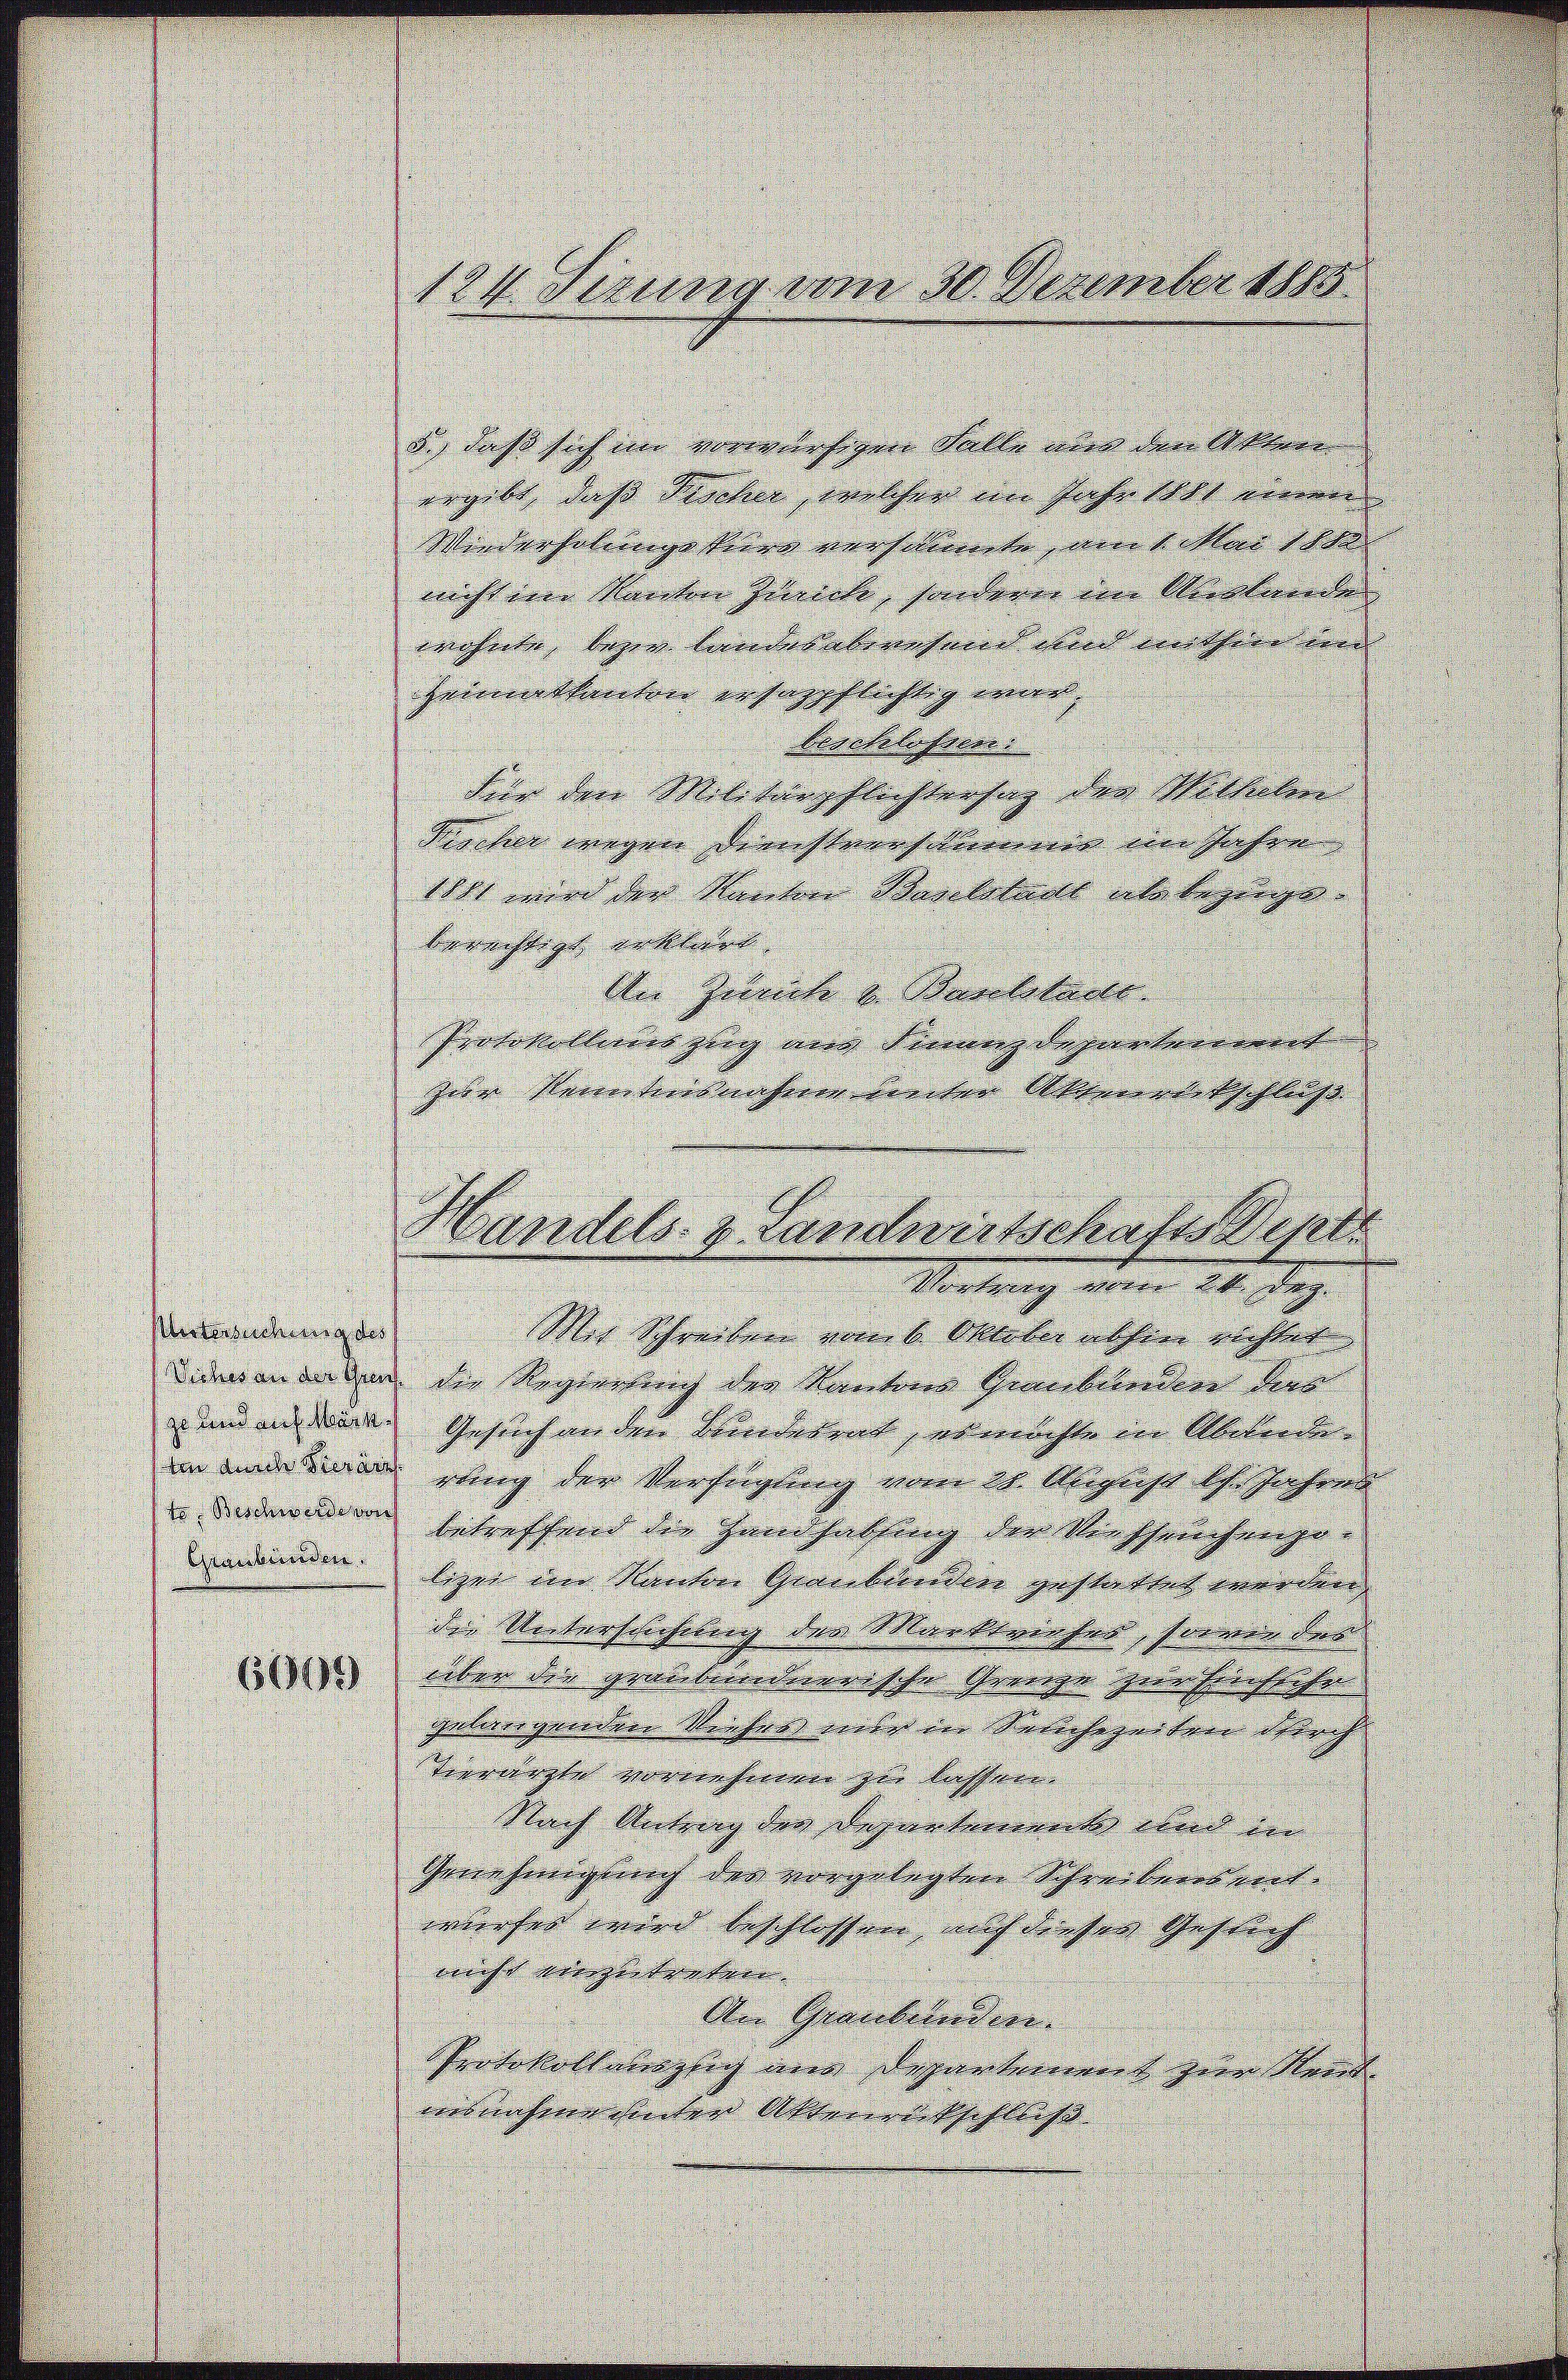
5., daß sich im vorwürfigen Falle aus den Akten
ergibt, daß Fischer, welcher im Jahr sicht einen
Wiederholungskurs versilienete, am 1. Mai 1880
nicht in Mantere Gewerke, sondern eine Merkwürde |
wohnte, legen landernberuhend und mithin und
Heimatkanton ersaspflichtig war
Brachlassen:
Für den Militärpflichtensag der Mittelm
Kircher wegen Dienstverschumme im Jahre
1841 wird der Nanten Baselstadt als beginge.
berechtigt erklärt. |
Der Zürich u. Baselstade
Protokollens zug am Finanzdepartement
zur Kenntnisnahme unter Akanalitschluß
Handels- & Landwirtschafts-Wepts
Mortung einer kk. dag
Westersuchung des
Mit Schreiben vom 6. Oktober absen richtet
Dider an in den die Regierung der Kanton Semblenden die
und an diene. Gesuch an den Beiderent, ermochte der Übereine |
in und an jung der Verfügung vom 21. August ds. Jahres
te Beschwerde vers
betreffend die Handsatzung der Verspruchungs-
Gewerbunden.
ligen und Rauten Graubünden gestattet werden.
den Vertersuchung der Marktrahen, soo von der
8 über den genüberandonerische Grenze gerachsichtlichen
gelangender Reiher unter in Solchegerten durch
Tierderte vornehmen zu lassen.
Nach Antrag der Departement und in
Genehmigung der vorgelegten Schreibensentwurfes wird beschlossen, auf dieser Gesuch |
nicht vorgetreten. |
An Graubünden.
Protokoll möglich nur Deparkommt zur Kennt
asnahmenden Aktenrutschluß

124. Sirung vom 30. Dezember 1815.